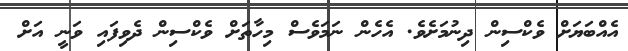
އެއްބަޔަށް ވެކްސިން ދިނުމަށެވެ. އެހެން ނަަމަވެސް މިހާތަށް ވެކްސިން ދެވިފައި ވަނީ އަށް